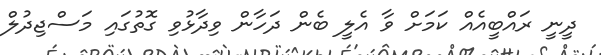
ދީނީ ރައްބީއެއް ކަމަށް ވާ އެލީ ބެން ދަހާން ވިދާޅުވި ގޮތުގައި މަސްޖިދުލް